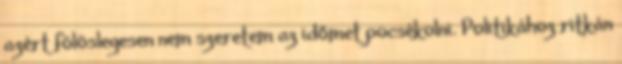
azért fölöslegesen nem szeretem az időmet pocsékolni. Politikához ritkán